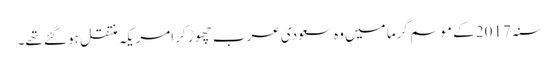
سنہ 2017 کے موسم گرما میں وہ سعودی عرب چھوڑ کر امریکہ منتقل ہو گئے تھے۔